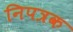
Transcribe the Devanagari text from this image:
निपत्रक